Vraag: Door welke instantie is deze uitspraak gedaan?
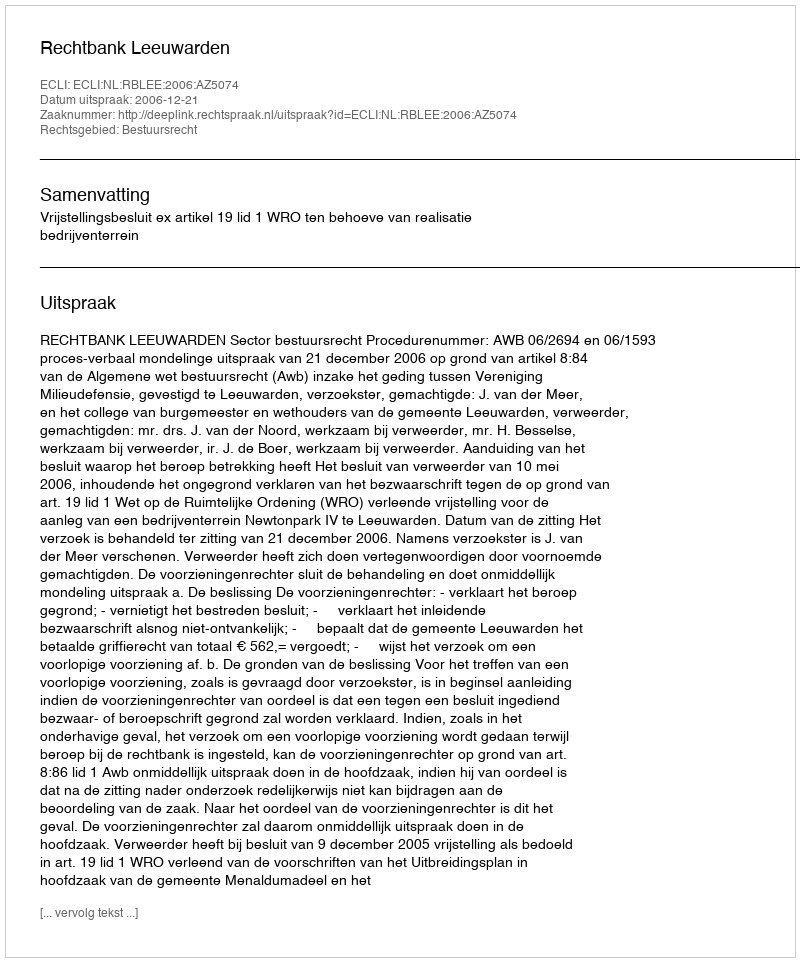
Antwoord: Rechtbank Leeuwarden